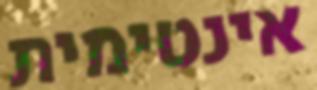
אינטימית